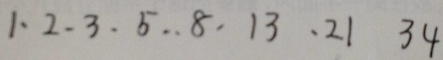
1 \cdot 2 . 3 . 5 . . 8 \cdot 1 3 \cdot 2 1 3 4